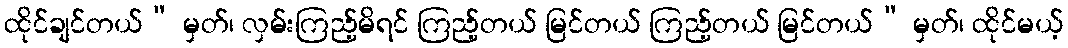
ထိုင်ချင်တယ်” မှတ်၊ လှမ်းကြည့်မိရင် ကြည့်တယ် မြင်တယ် ကြည့်တယ် မြင်တယ်” မှတ်၊ ထိုင်မယ့်